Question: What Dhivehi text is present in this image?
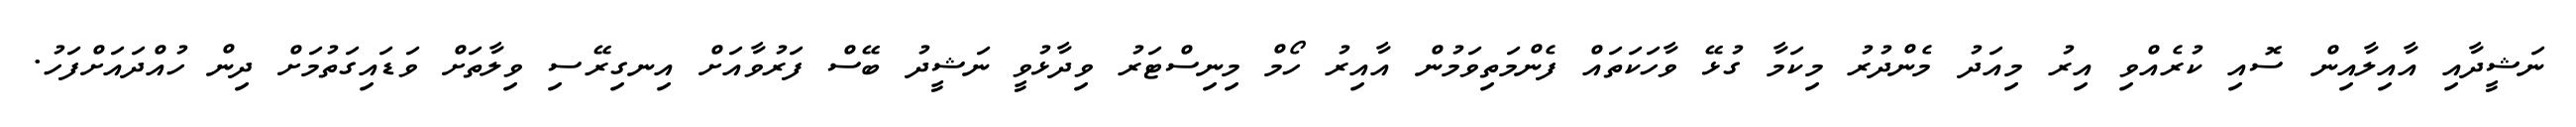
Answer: ނަޝީދާއި އާއިލާއިން ސޮއި ކުރެއްވި އިރު މިއަދު މެންދުރު މިކަމާ ގުޅޭ ވާހަކަތައް ފެންމަތިވަމުން އާއިރު ހޯމް މިނިސްޓަރު ވިދާޅުވީ ނަޝީދު ބޭސް ފަރުވާއަށް އިނގިރޭސި ވިލާތަށް ވަޑައިގަތުމަށް ދިން ހުއްދައަށްފަހު.